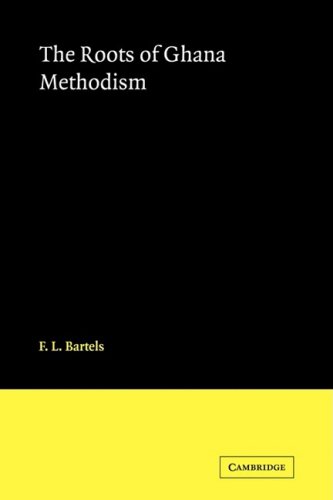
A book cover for The Roots of Ghana Methodism; F. L. Bartels; Christian Books & Bibles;